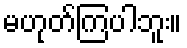
မဟုတ်ကြပါဘူး။